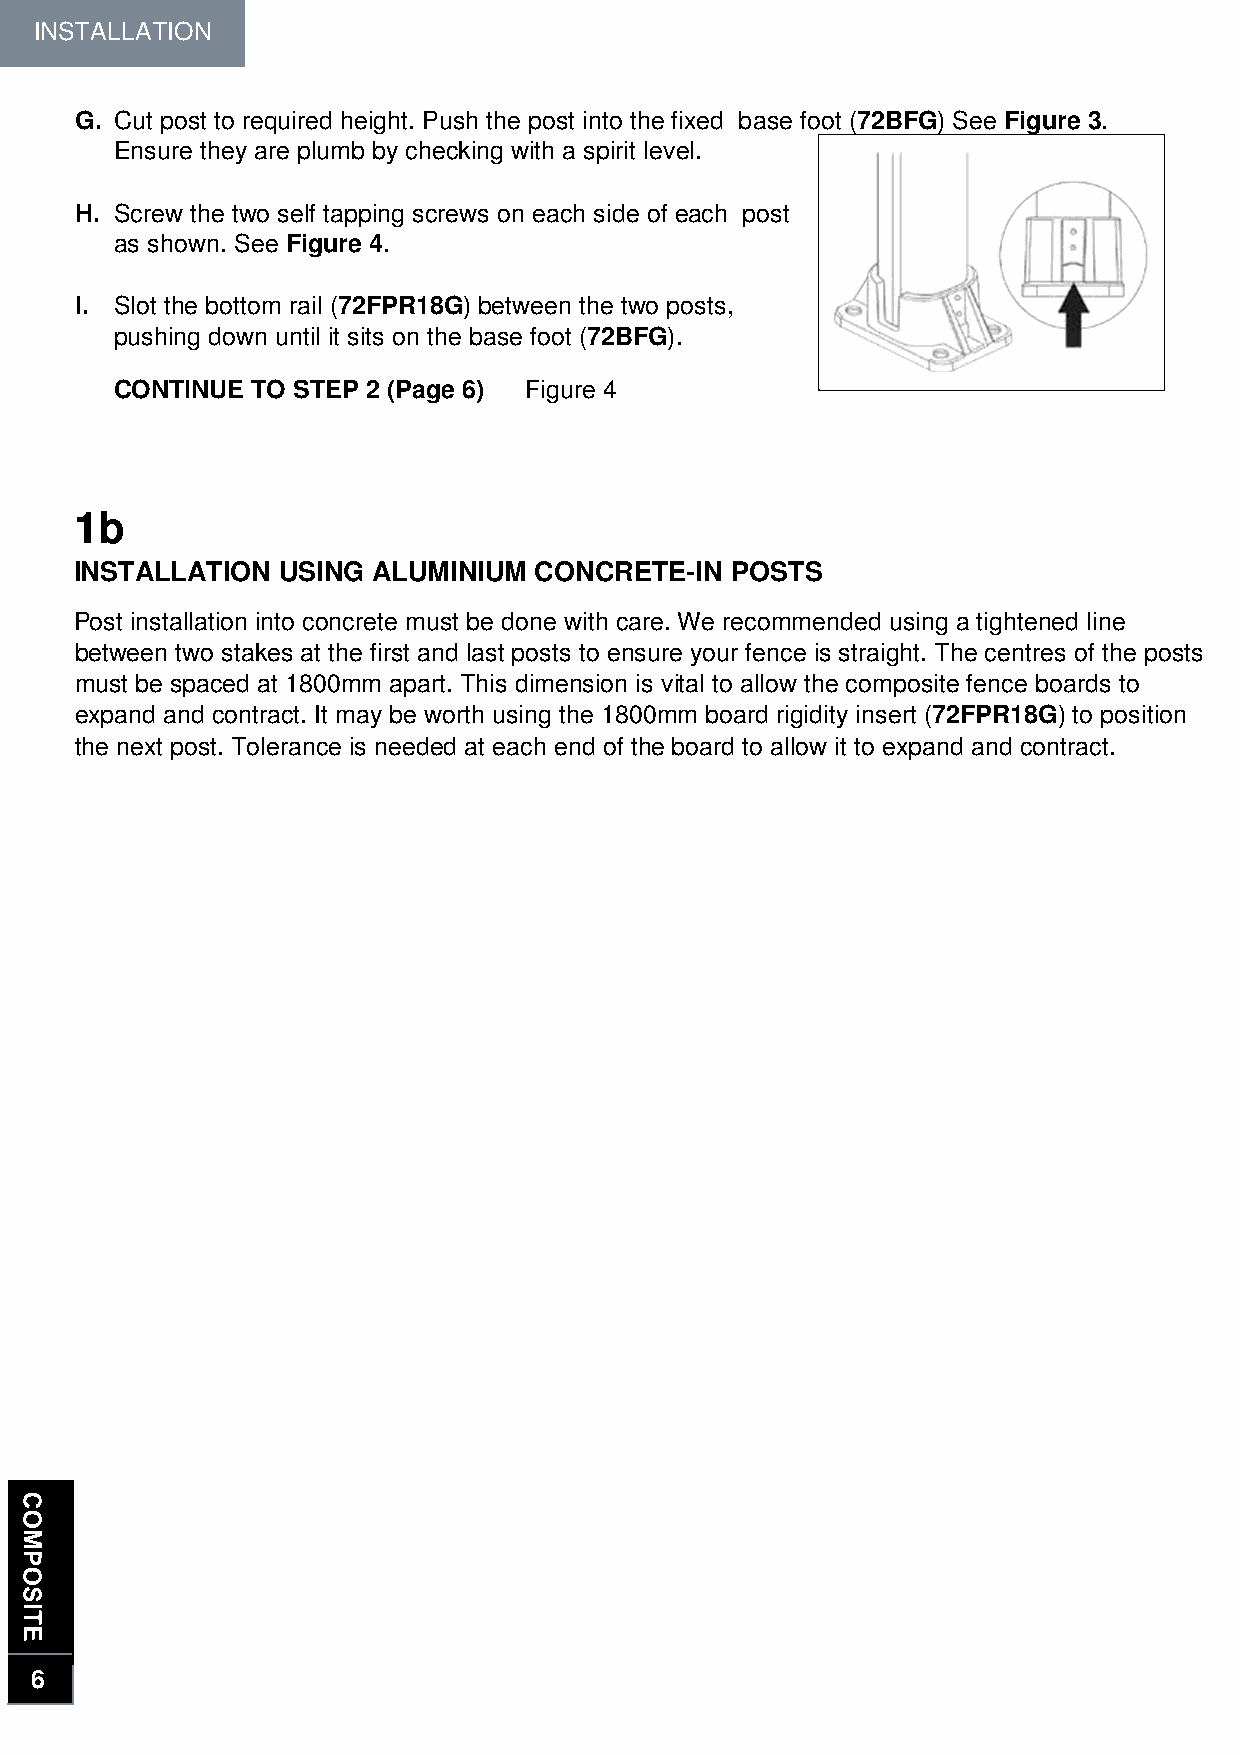
INSTALLATION
 G. Cut post to required height. Push the post into the fixed base foot (72BFG) See Figure 3.
 Ensure they are plumb by checking with a spirit level.
 H. Screw the two self tapping screws on each side of each post
 as shown. See Figure 4.
 I. Slot the bottom rail (72FPR18G) between the two posts,
 pushing down until it sits on the base foot (72BFG).
 CONTINUE TO STEP 2 (Page 6) Figure 4
 INSTALLATION
 1b
 INSTALLATION  USING ALUMINIUM CONCRETE-IN  POSTS
 Post installation into concrete must be done with care. We recommended using a tightened line
 between two stakes at the first and last posts to ensure your fence is straight. The centres of the posts
 must be spaced at 1800mm apart. This dimension is vital to allow the composite fence boards to
 expand and contract. It may be worth using the 1800mm board rigidity insert (72FPR18G) to position
 the next post. Tolerance is needed at each end of the board to allow it to expand and contract.
 6